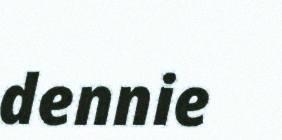
dennie